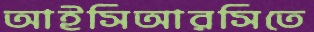
আইসিআরসিতে